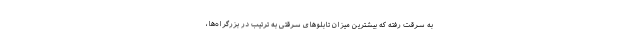
به سرقت رفته که بیشترین میزان تابلوهای سرقتی به‌ ترتیب در بزرگراه‌ها،